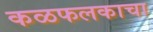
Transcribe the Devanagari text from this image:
कळफलकाचा